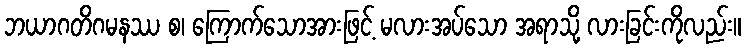
ဘယာဂတိဂမနဿ စ၊ ကြောက်သောအားဖြင့် မလားအပ်သော အရာသို့ လားခြင်းကိုလည်း။